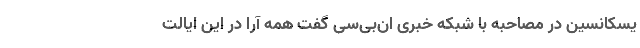
یسکانسین در مصاحبه با شبکه خبری ان‌بی‌سی گفت همه آرا در این ایالت